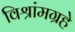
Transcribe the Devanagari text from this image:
विश्रांमग्रहे